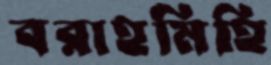
বরাহমিহি